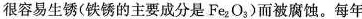
很容易生锈(铁锈的主要成分是Fe_{2}O_{3})而被腐蚀。每年